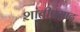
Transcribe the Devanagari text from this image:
शांतीप्रसाद